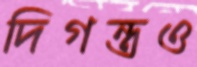
দিগন্তও